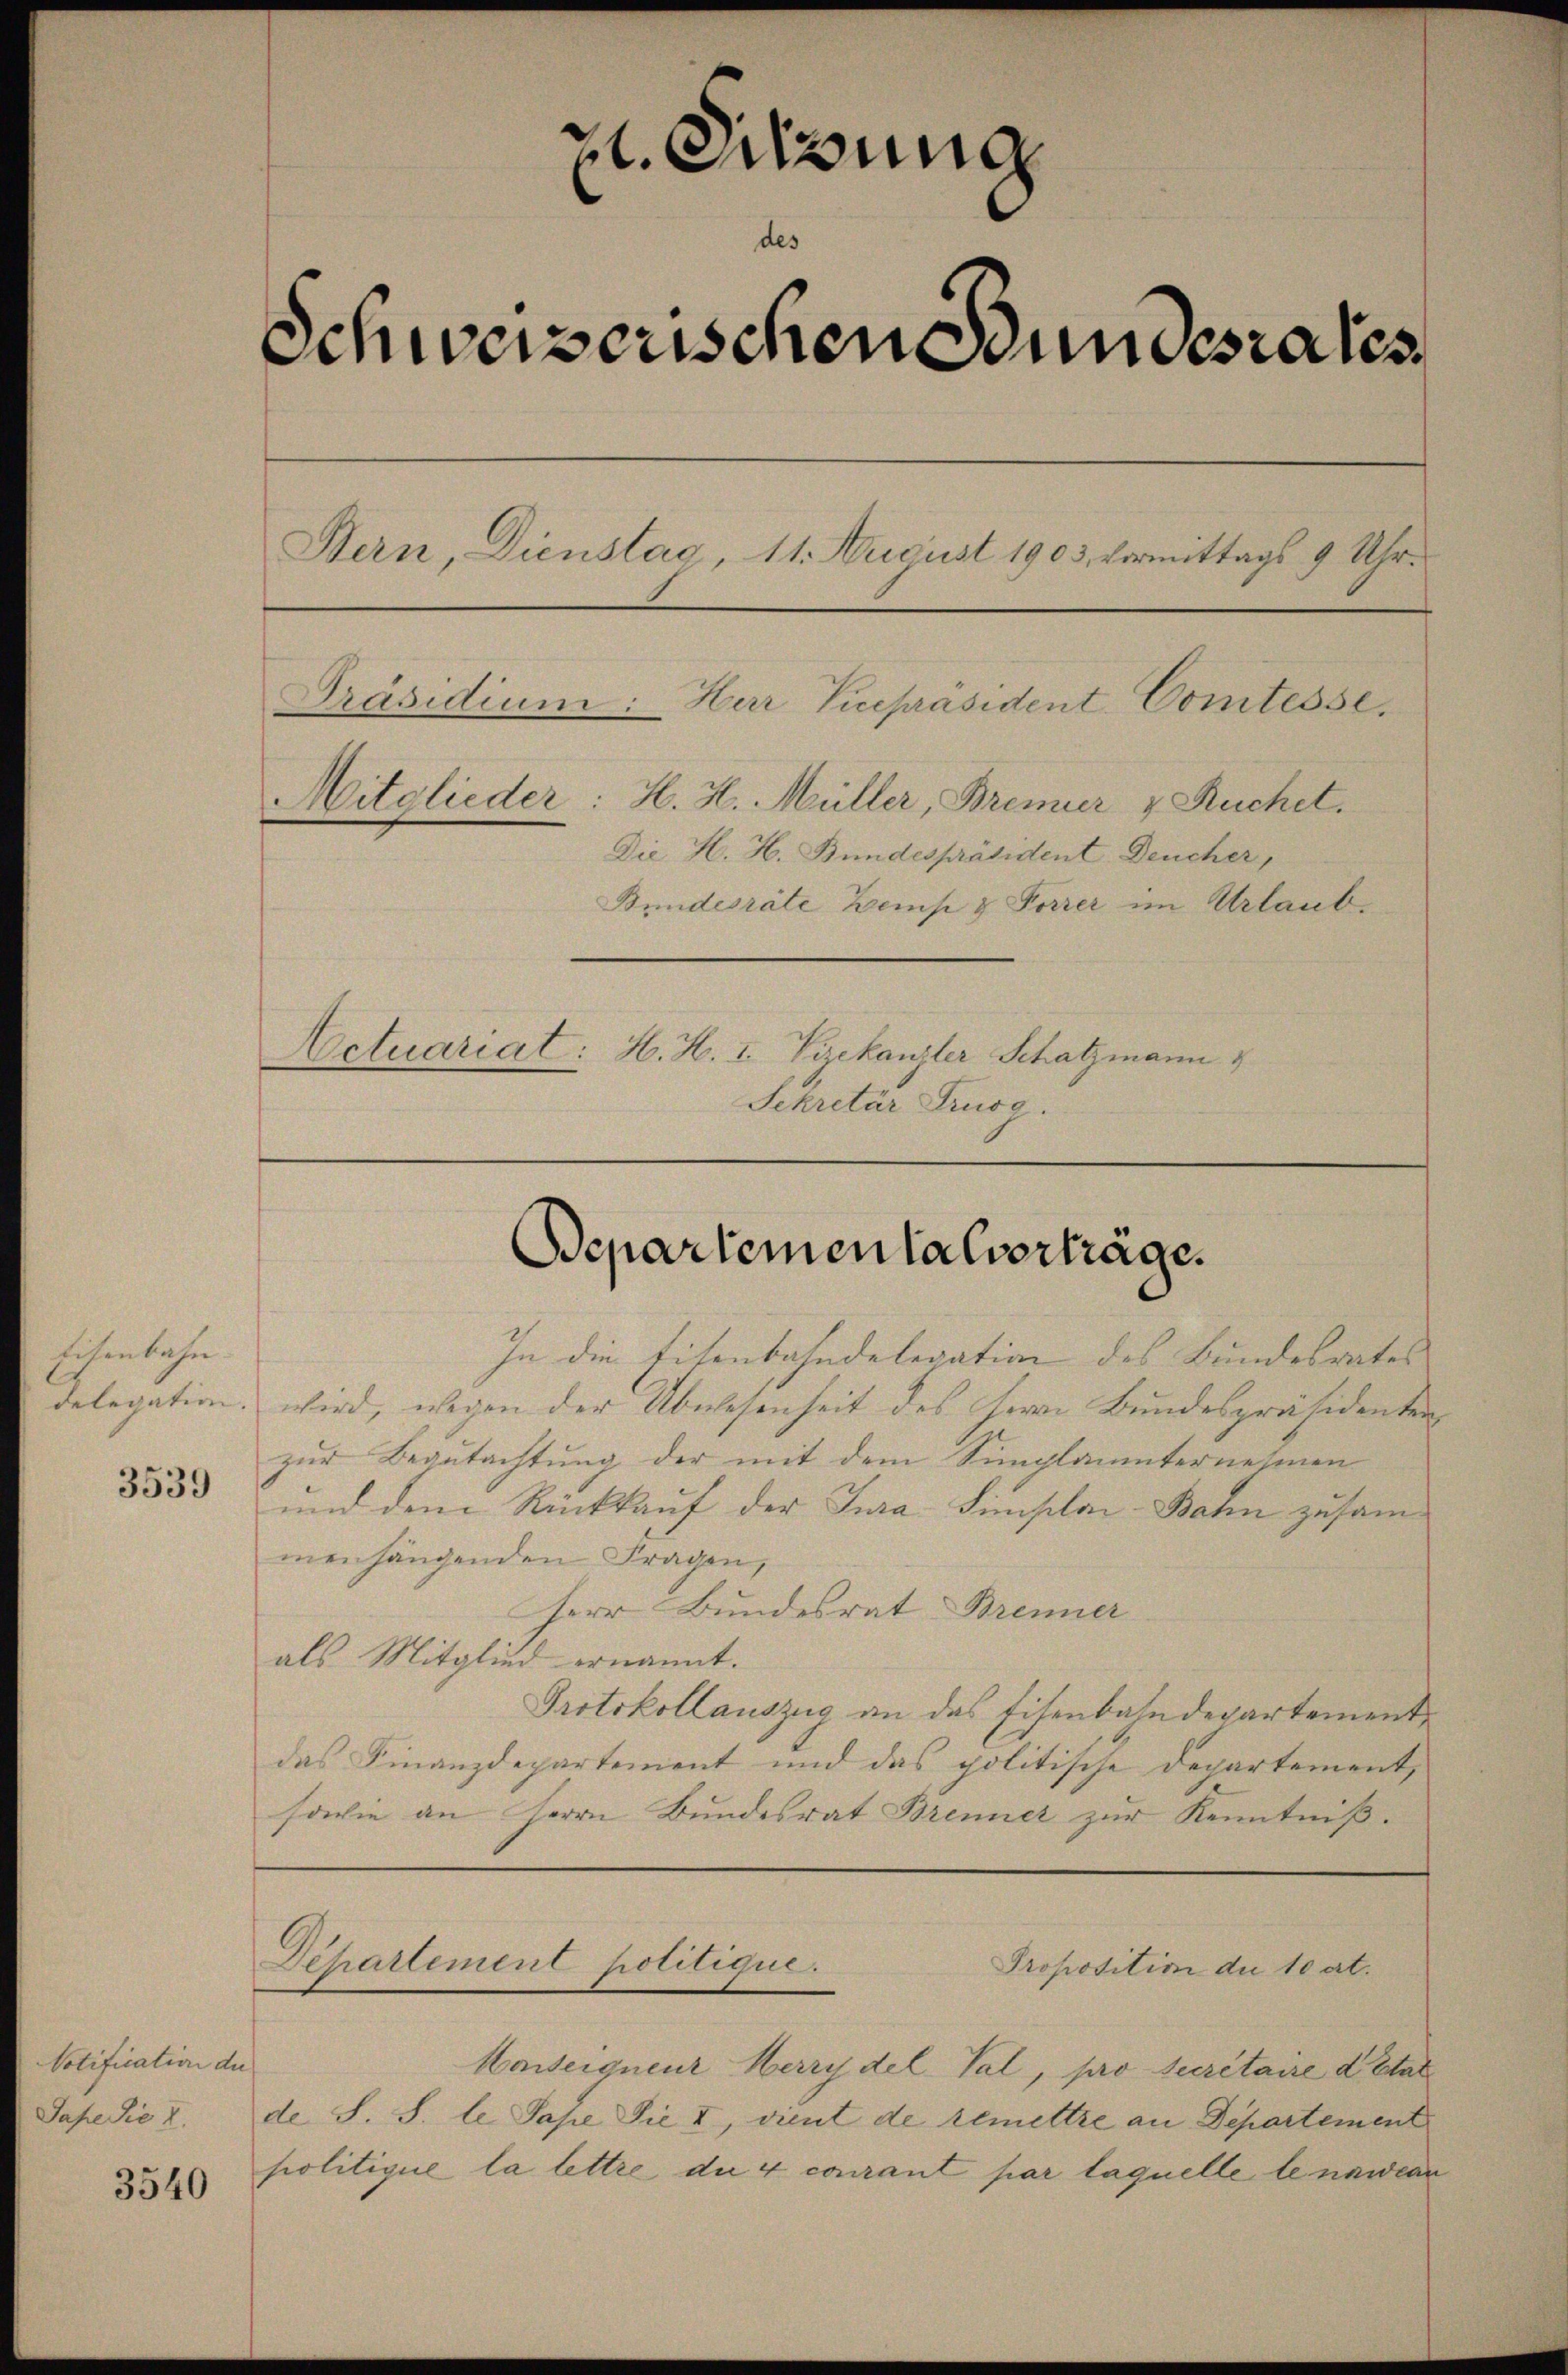
Eisenbahn.
Polegation.
3539

Notification die
Sape die I.

3540

zt. Sitzung
Schweizerischen Stundesrates
Bern, Dienstag, 11. August 1903 vormittags 9 Uhr¬
Präsidium: Herr Vicepräsident Comtesse,
Mitglieder: H. H. Müller, Bremier & Ruchet.
Die H. H. Bundespräsident Deucher,
Bundesräte Zemp & Forrer im Urlaub.
Actuariat: H. H. I. Bekanzler Schatzmann
Sekretär Drusg.

In die Eitenbahndelegation des Bundesrates
wird, wegen der Abwesenheit des Herrn Bundespräsidenten
zur Begutachtung der mit dem Simplanternehmen
und dem Rückkauf der Jura Simploi-Bahn zusam
menhängenden Fragen,
Herr Bundesrat Brenner
als Mitglied ernannt.
Protokollauszug an das Eisenbahndepartement
das Finanzdepartement und das politische Departement,
sowie an Herrn Bundesrat Brenner zur Kenntniß.

Bepartementalverträge.

Departement politique.

Proposition die 10 at.
Hawseigneur Herry del Val, pro Secretaire d’Etat
de S. S. le Sape Sie II, vient de remettre an Departement
politique la lettre die 4 courant par laquelle le namenr